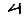
Digit: 4